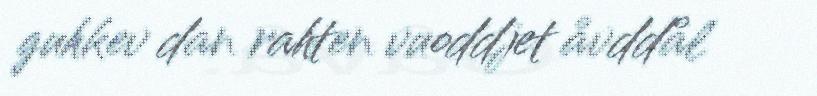
guhkev dan rahten vuoddjet åvddål